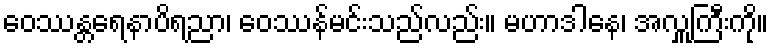
ဝေဿန္တရေနာပိရညာ၊ ဝေဿန်မင်းသည်လည်း။ မဟာဒါနေ၊ အလှူကြီးကို။